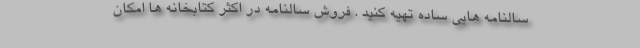
سالنامه هایی ساده تهیه کنید . فروش سالنامه در اکثر کتابخانه ها امکان